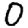
Digit: 0